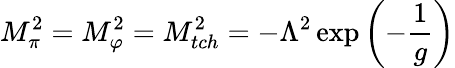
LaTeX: M_{\pi}^{2}=M_{\varphi}^{2}=M_{tch}^{2}=-\Lambda^{2}\exp\left(-\frac{1}{g}\right)